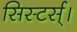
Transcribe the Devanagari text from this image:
सिस्टर्स्।